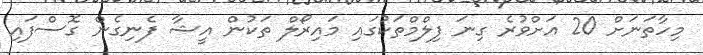
މިހާތަނަށް 20 އަށްވުރެ ގިނަ ފިލްމްތަކުގައި މައިރޯލް ތަކުން އީޝާ ފެނިގެން ގޮސްފައި